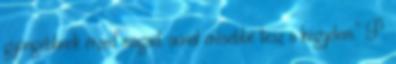
gyöngébbnek érzed magad, annál erősebbé tesz a kegyelem.” P.